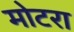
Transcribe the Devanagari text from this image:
मोटरा